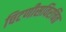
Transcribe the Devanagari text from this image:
चिटणीसविरचित